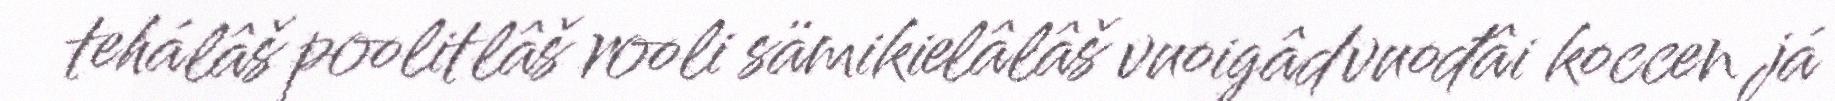
tehálâš poolitlâš rooli sämikielâlâš vuoigâdvuođâi koccen já